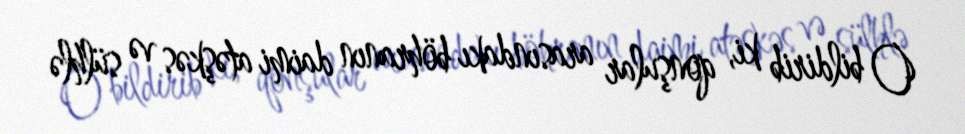
O bildirib ki, qonşular arasındakı böhranın daimi atəşkəs və sülhlə